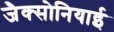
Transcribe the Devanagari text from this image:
जैक्सोनियाई